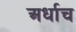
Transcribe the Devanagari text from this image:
अर्धाच